Annual report of the Punjab Veterinary College and of the Civil Veterinary Department, Punjab - 1894-1908
Year: 1894
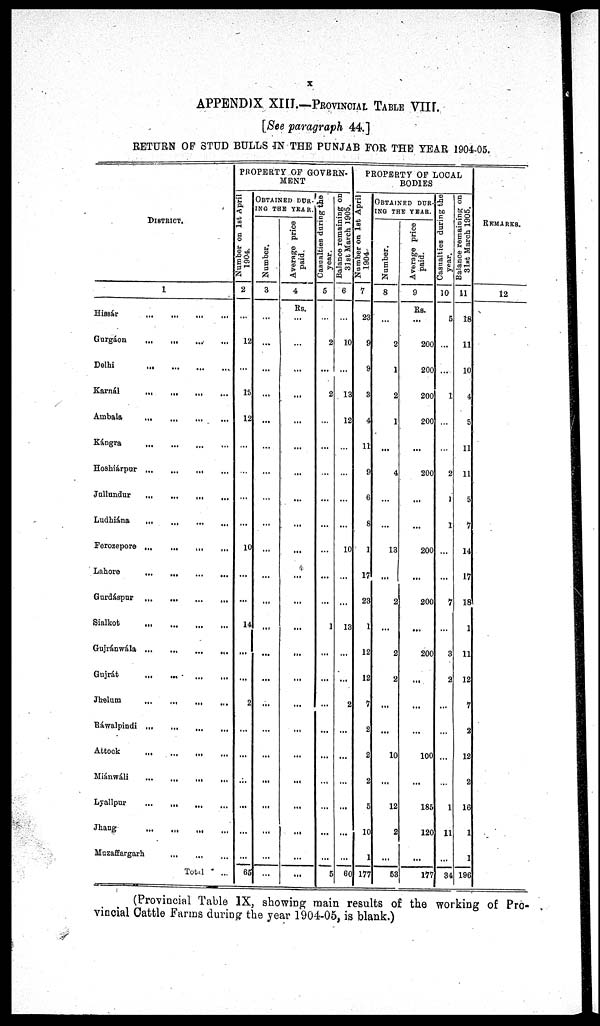
x
APPENDIX XIII.—PROVINCIAL TABLE VIII.
[See paragraph 44.]
RETURN OF STUD BULLS IN THE PUNJAB FOR THE YEAR 1904-05.
DISTRICT.
1
Hissár
...
...
...
...
Gurgáon
...
...
...
...
Delhi ... ... ... ...
Karnál ... ... ... ...
Ambala
...
...
...
...
...
Kángra ... ... ... ...
Hoshiárpur
...
...
...
...
Jullundur ... ... ... ...
Ludhiána
...
...
...
...
Ferozepore
...
...
...
....
Lahore
...
...
...
...
...
Gurdáspur ... ... ...
Sialkot ... ... ... ...
Gujránwála ... ... ... ... ...
Gujrát
...
...
...
...
Jhelum
...
...
...
...
Ráwalpindi
...
...
...
...
Attock ... ... ... ... ... ...
Miánwáli
...
...
...
...
Lyallpur
...
...
...
...
Jhang
...
...
...
...
Muzaffargarh
...
...
...
Total
...
PROPERTY OF GOVERN-
MENT
Number
on
1st
April
2
...
12
...
15
12
...
...
...
...
10
...
...
14
...
...
2
...
...
...
...
...
...
65
OBTAINED DUR-
ING THE YEAR.
Number.
3
...
...
...
...
...
...
...
...
...
...
...
...
...
...
...
...
...
...
...
...
...
...
...
Average price
paid.
4
Rs.
...
...
...
...
...
...
...
...
...
...
...
...
...
...
...
...
...
...
...
...
...
...
...
Casualties during the
year.
5
...
2
...
2
...
...
...
...
...
...
...
...
1
...
...
...
...
...
...
...
...
...
5
Balance remaining on
31st
March 1905.
6
...
10
...
13
12
...
...
...
...
10
...
...
13
...
...
2
...
...
...
...
...
...
60
PROPERTY OF LOCAL
BODIES
Number
on 1st .April
1904.
7
23
9
9
3
4
11
9
6
8
1
17
23
1
12
12
7
2
2
2
5
10
1
177
CRTAINED DUR-
ING THE YEAR.
Number.
8
...
2
1
2
1
...
4
...
...
13
...
2
...
2
2
...
...
10
...
12
2
...
53
Average price
paid.
9
Rs.
...
200
200
200
200
...
200
...
...
200
...
200
...
200
...
...
...
100
...
185
120
...
177
Casualties
during the
year.
10
5
...
...
1
...
...
2
...
1
...
...
7
...
3
2
...
...
...
...
1
11
...
34
Balance
remaning on
31st
March 1905.
11
18
11
10
4
5
11
11
5
7
14
17
18
1
11
12
7
2
12
2
16
1
1
196
REMARKS.
12
(Provincial Table IX, showing main results of the working of Pro-
vincial Cattle Farms during the year 1904-05, is blank.)